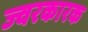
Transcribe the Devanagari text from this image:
ज्‍वरकारक